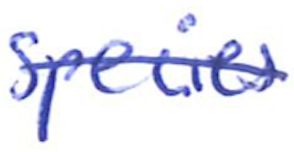
Text: species
Cross-out: single-line
Writing tool: ballpoint